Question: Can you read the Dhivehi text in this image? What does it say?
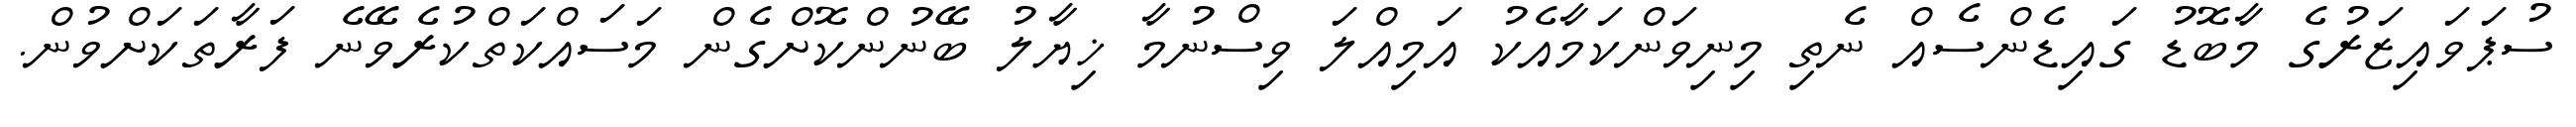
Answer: ސުޕަވައިޒަރުގެ މާބޮޑު ގައިޑެންސެއް ނެތި މިނިވަންކަމާއެކު އަމިއްލަ ވިސްނުމާ ޚިޔާލު ބޭނުންކޮށްގެން މަސައްކަތްކުރެވޭނެ ފަރާތަކަށްވުން.